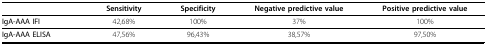
|  | Sensitivity | Specificity | Negative predictive value | Positive predictive value |
 | --- | --- | --- | --- | --- |
 | IgA-AAA IFI | 42,68% | 100% | 37% | 100% |
 | IgA-AAA ELISA | 47,56% | 96,43% | 38,57% | 97,50% |